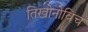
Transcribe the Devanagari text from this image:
तिखोनोविच